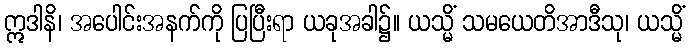
ဣဒါနိ၊ အပေါင်းအနက်ကို ပြပြီးရာ ယခုအခါ၌။ ယသ္မိံ သမယေတိအာဒီသု၊ ယသ္မိံ